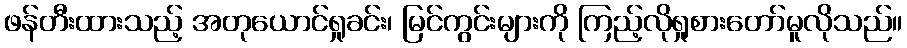
ဖန်တီးထားသည့် အတုယောင်ရှုခင်း၊ မြင်ကွင်းများကို ကြည့်လိုရှုစားတော်မူလိုသည်။